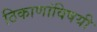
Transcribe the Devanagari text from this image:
ठिकाणांविषयी